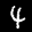
Label: 4